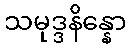
သမုဒ္ဒနိန္နော